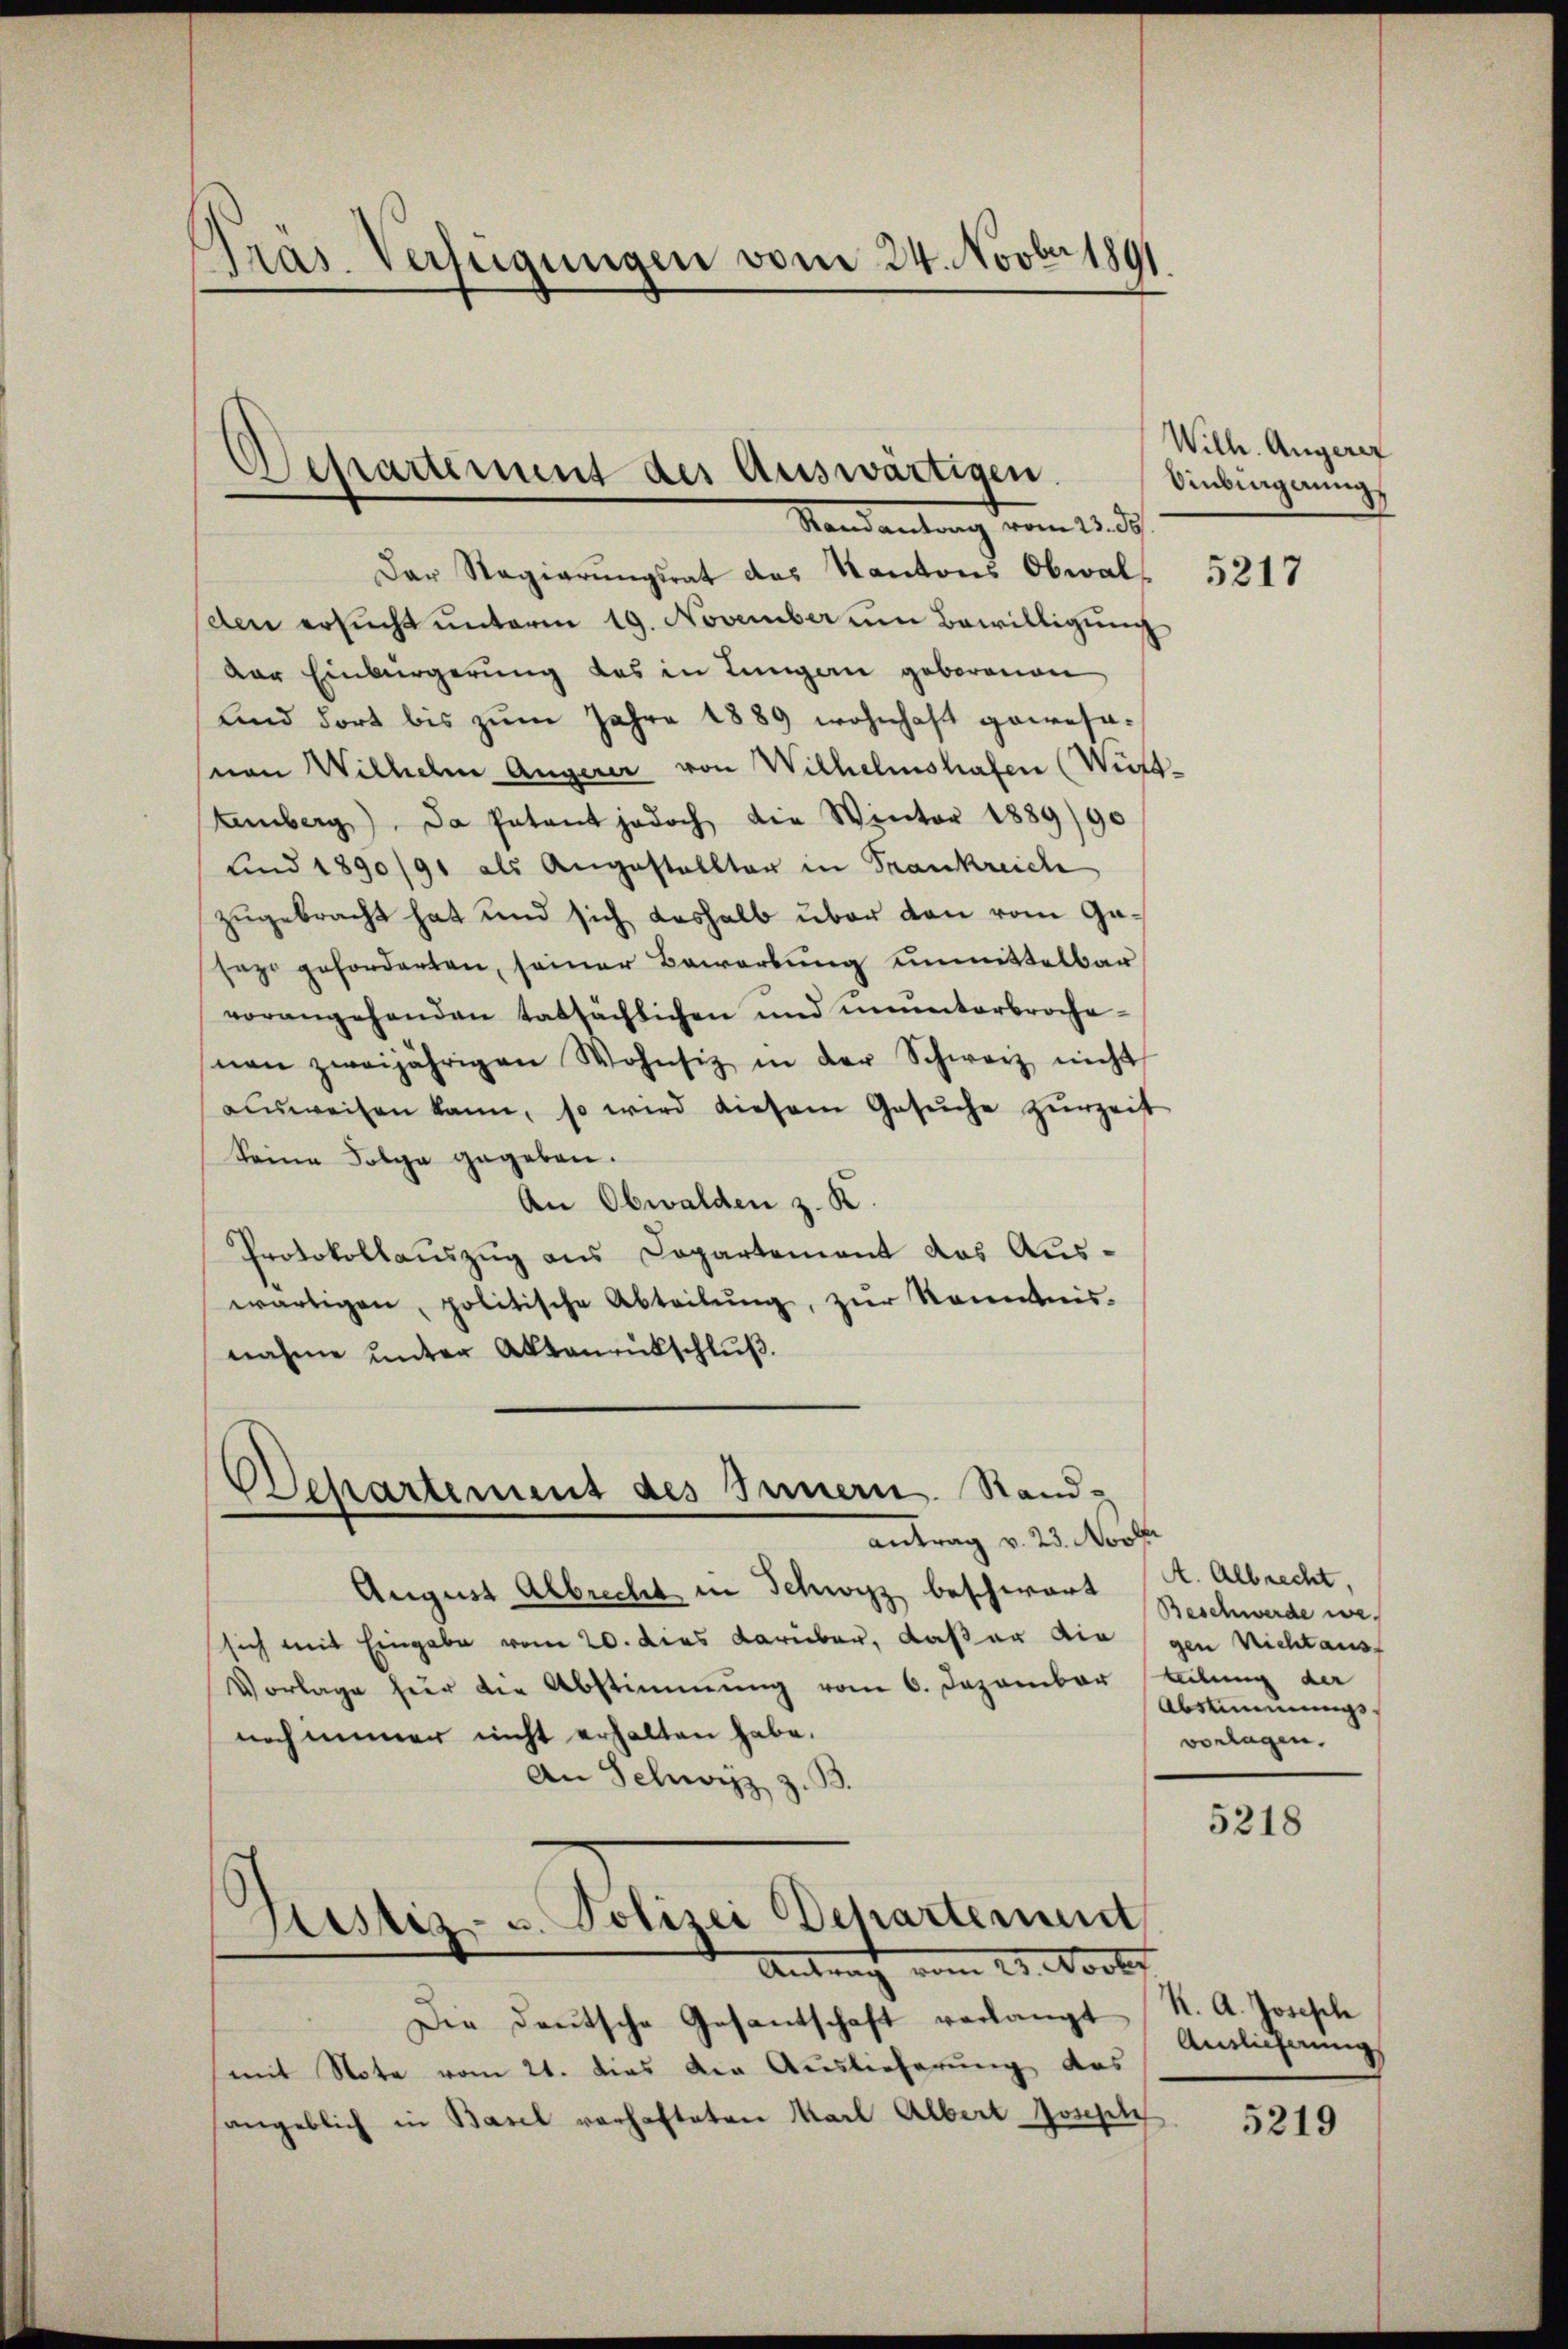
pras. Verfügungen vom 24. Novber 1891.
d

Departement der Auswärtigen.
Randantrag vom 23. de

Der Regierungsrat des Kantons Obwalden ersucht unterm 19. November um Bewilligung
der Einbürgerung des in Lungen geborenen
und dort bis zum Jahre 1889 wohnhaft gewesa-
von Wilhelm Angerer von Wilhelmshafen (Witt¬
Kamberg). Da Patent jedoch die Winter 1889/90
und 1890/91 als Angestellter in Frankreich
zugebracht hat und sich deshalb über den vom Gasaz geforderten, seiner Bewerbung unmittelbar
vorangehenden tatsächlichen und ununterbrochenen zweijährigen Wohnsiz in der Schweiz nicht
aŭsweisen kann, so wird diesem Gesŭche zŭrzeit
Seine Folge gegeben.
An Obwalden z. K.
Protokollauszug aus Capartement das Auswärtigen, politische Abteilŭng, zŭr Kenntnis-
nahme unter Aktenrückschluß.

Schartenus des Innern. Stand-
antrag v. 23. Novb

Antrag vom 21. Notf

August Albrecht in Schwyz beschwart
sich mit Eingabe vom 20. dies darüber, daß er die gen Nichtaus
Vorlage für die Abstimmung vom 6. Dezember
noch immer nicht erhalten habe.
An Schwyz z. B.
Justiz- u. Polizei Departement

Die Deutsche Gesantschaft verlangt K. A. Josesch
mit Note vom 21. dies der Auslieferung das
sangeblich in Basel verhafteten Karl Albert Josephi

Wilh. Angerer
Oinbingerung

5217

A. Albrecht,
Beschwerde weteilung der
Abstimmungs
vorlagen.

5218

Antlicherung

5219